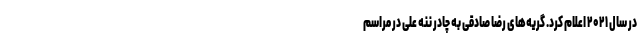
در سال ۲۰۲۱ اعلام کرد. گریه‌های رضا صادقی به چادر ننه علی در مراسم